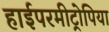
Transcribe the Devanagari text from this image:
हाईपरमीट्रोपिया